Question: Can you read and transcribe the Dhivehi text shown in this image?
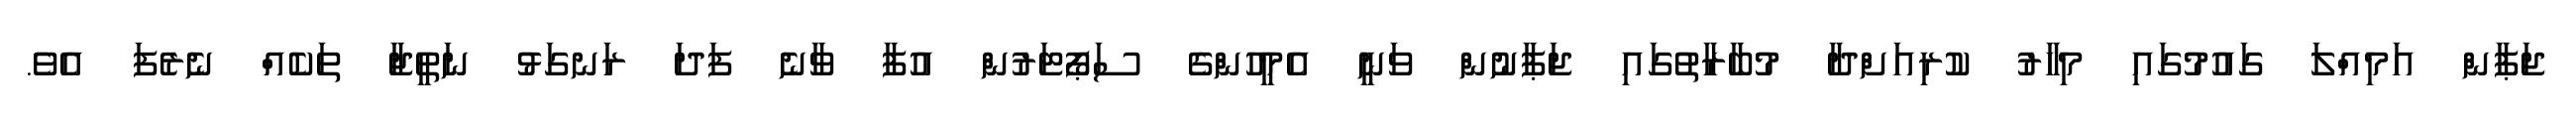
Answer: ޖަޕާން އަމިއްލަ ގައުމުގައި މިހާރު ކުރިއަށްދާ މުބާރާތުގައި ޖަޕާނުން ވަނީ އެމީހުންގެ ސަޕޯޓަރުން އުފާ ވާނެ ފަދަ ރަނގަޅު ނަތީޖާ ތަކެއް ނެރެފަ އެވެ.